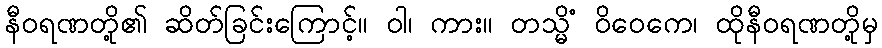
နီဝရဏတို့၏ ဆိတ်ခြင်းကြောင့်။ ဝါ၊ ကား။ တသ္မိံ ဝိဝေကေ၊ ထိုနီဝရဏတို့မှ